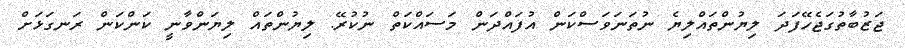
ޖަޒުބާތުގަޖެހޭފަދަ ލިޔުންތައްލިޔެ ނުތަނަވަސްކަން އުފައްދަން މަސައްކަތް ނުކުރޭ. ލިޔުންތައް ލިޔަންވާނީ ކަންކަން ރަނގަޅަށް